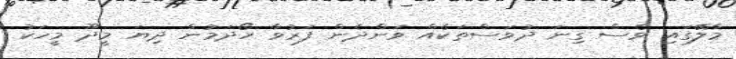
މާލޭގައި ވެސް ގިނަ ދުވަސްތަކެއް ވަންދެން ފަރުވާ ހޯދަމުން ދިޔަ މީދޫ މީހަކު